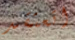
اتعتقد